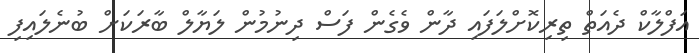
އަފްލާކް ދެއަތް ތިރިކޮށްލަފައި ދާން ވެގެން ފަސް ދިނުމުން ލަޔާލް ބާރަކަށް ބުނެލައިފި